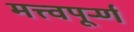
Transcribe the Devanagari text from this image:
मत्त्वपूर्र्ण